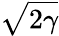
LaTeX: \sqrt{2\gamma}